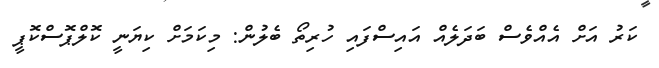
ކަރު އަށް އެއްވެސް ބަދަލެއް އައިސްފައި ހުރިތޯ ބެލުން: މިކަމަށް ކިޔަނީ ކޮލްޕޮސްކޮޕީ